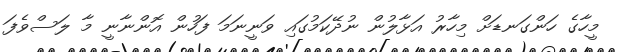
މީހާގެ ހަންގަނޑަށް މިހާރު އަޅާލުން ނުދޭކަމުގައި ވަނީނަމަ ފަހުން އޮންނާނީ މާ ލަސްވެފަ